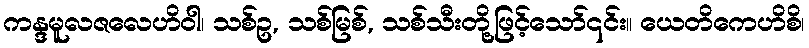
ကန္ဒမူလဇလေဟိဝါ၊ သစ်ဥ, သစ်မြစ်, သစ်သီးတို့ဖြင့်သော်၎င်း။ ယေတိကေဟိစိ၊